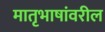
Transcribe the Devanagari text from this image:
मातृभाषांवरील